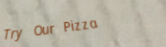
Try Our Pizza